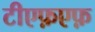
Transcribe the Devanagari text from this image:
टीएफ़एफ़